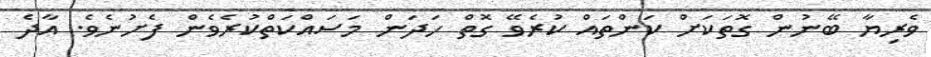
ވެރިޔާ ބޭނުން ގޮތަކަށް ކަންތައް ކުރެވޭ ގޮތް ހަދަން މަސައްކަތްކުރެވެން ފެށުނެވެ. އާދެ